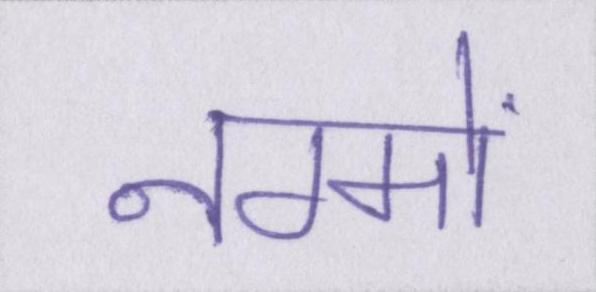
नग्मों